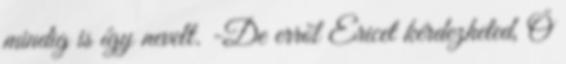
mindig is így nevelt. -De erről Ericet kérdezheted, Ő